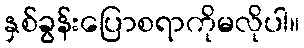
နှစ်ခွန်းပြောစရာကိုမလိုပါ။